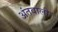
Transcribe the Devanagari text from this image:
अंतवाली